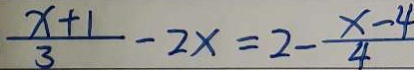
\frac { x + 1 } { 3 } - 2 x = 2 - \frac { x - 4 } { 4 }